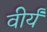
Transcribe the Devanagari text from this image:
वीर्यं